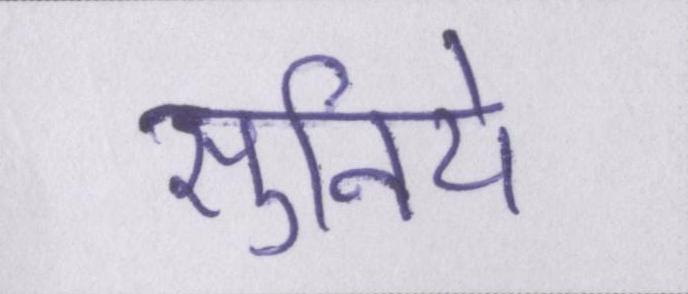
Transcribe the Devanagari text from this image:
सुनिये